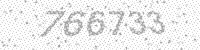
Solution: 766733